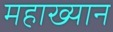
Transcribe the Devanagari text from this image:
महाख्यान